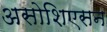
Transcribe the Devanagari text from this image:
असोशिएसन